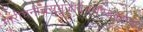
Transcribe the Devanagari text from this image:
मारीचनीचसुभुजार्दनचण्डकाण्ड।